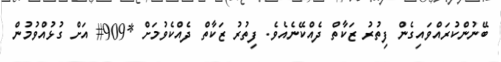
ބޭނުންކުރައްވައިގެން ފިތުރު ޒަކާތް ދެއްކޭނެއެވެ. ފިތުރު ޒަކާތް ދެއްކެވުމަށް *909# އަށް ގުޅުއްވުމުން